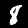
Digit: 8